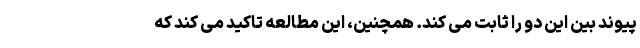
پیوند بین این دو را ثابت می کند. همچنین، این مطالعه تاکید می کند که